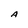
Character: A